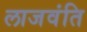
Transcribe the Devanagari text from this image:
लाजवंति